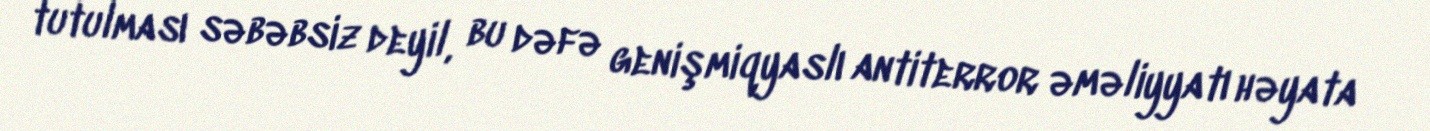
tutulması səbəbsiz deyil, bu dəfə genişmiqyaslı antiterror əməliyyatı həyata